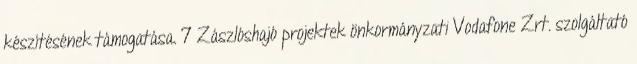
készítésének támogatása. 7 Zászlóshajó projektek önkormányzati Vodafone Zrt. szolgáltató